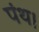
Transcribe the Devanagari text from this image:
पंथ।